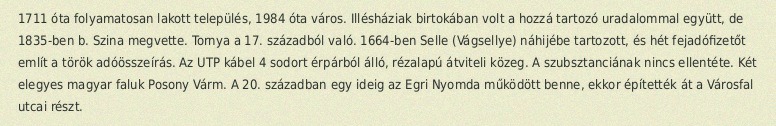
1711 óta folyamatosan lakott település, 1984 óta város. Illésháziak birtokában volt a hozzá tartozó uradalommal együtt, de 1835-ben b. Szina megvette. Tornya a 17. századból való. 1664-ben Selle (Vágsellye) náhijébe tartozott, és hét fejadófizetőt említ a török adóösszeírás. Az UTP kábel 4 sodort érpárból álló, rézalapú átviteli közeg. A szubsztanciának nincs ellentéte. Két elegyes magyar faluk Posony Várm. A 20. században egy ideig az Egri Nyomda működött benne, ekkor építették át a Városfal utcai részt.